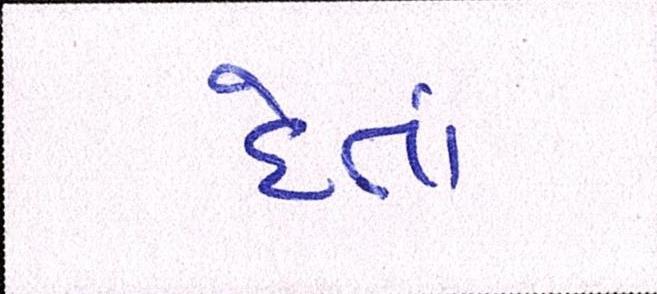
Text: દેતાં